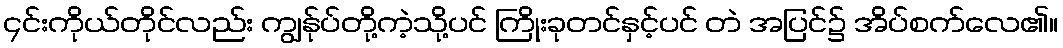
၄င်းကိုယ်တိုင်လည်း ကျွန်ုပ်တို့ကဲ့သို့ပင် ကြိုးခုတင်နှင့်ပင် တဲ အပြင်၌ အိပ်စက်လေ၏။